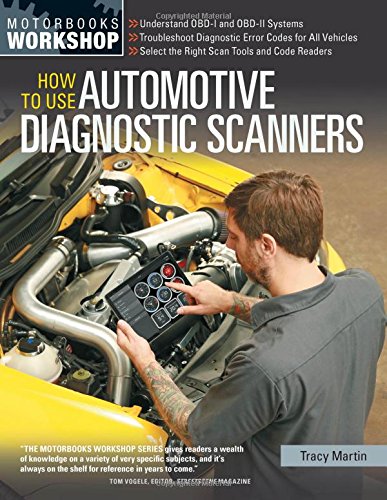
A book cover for How To Use Automotive Diagnostic Scanners (Motorbooks Workshop); Tracy Martin; Engineering & Transportation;